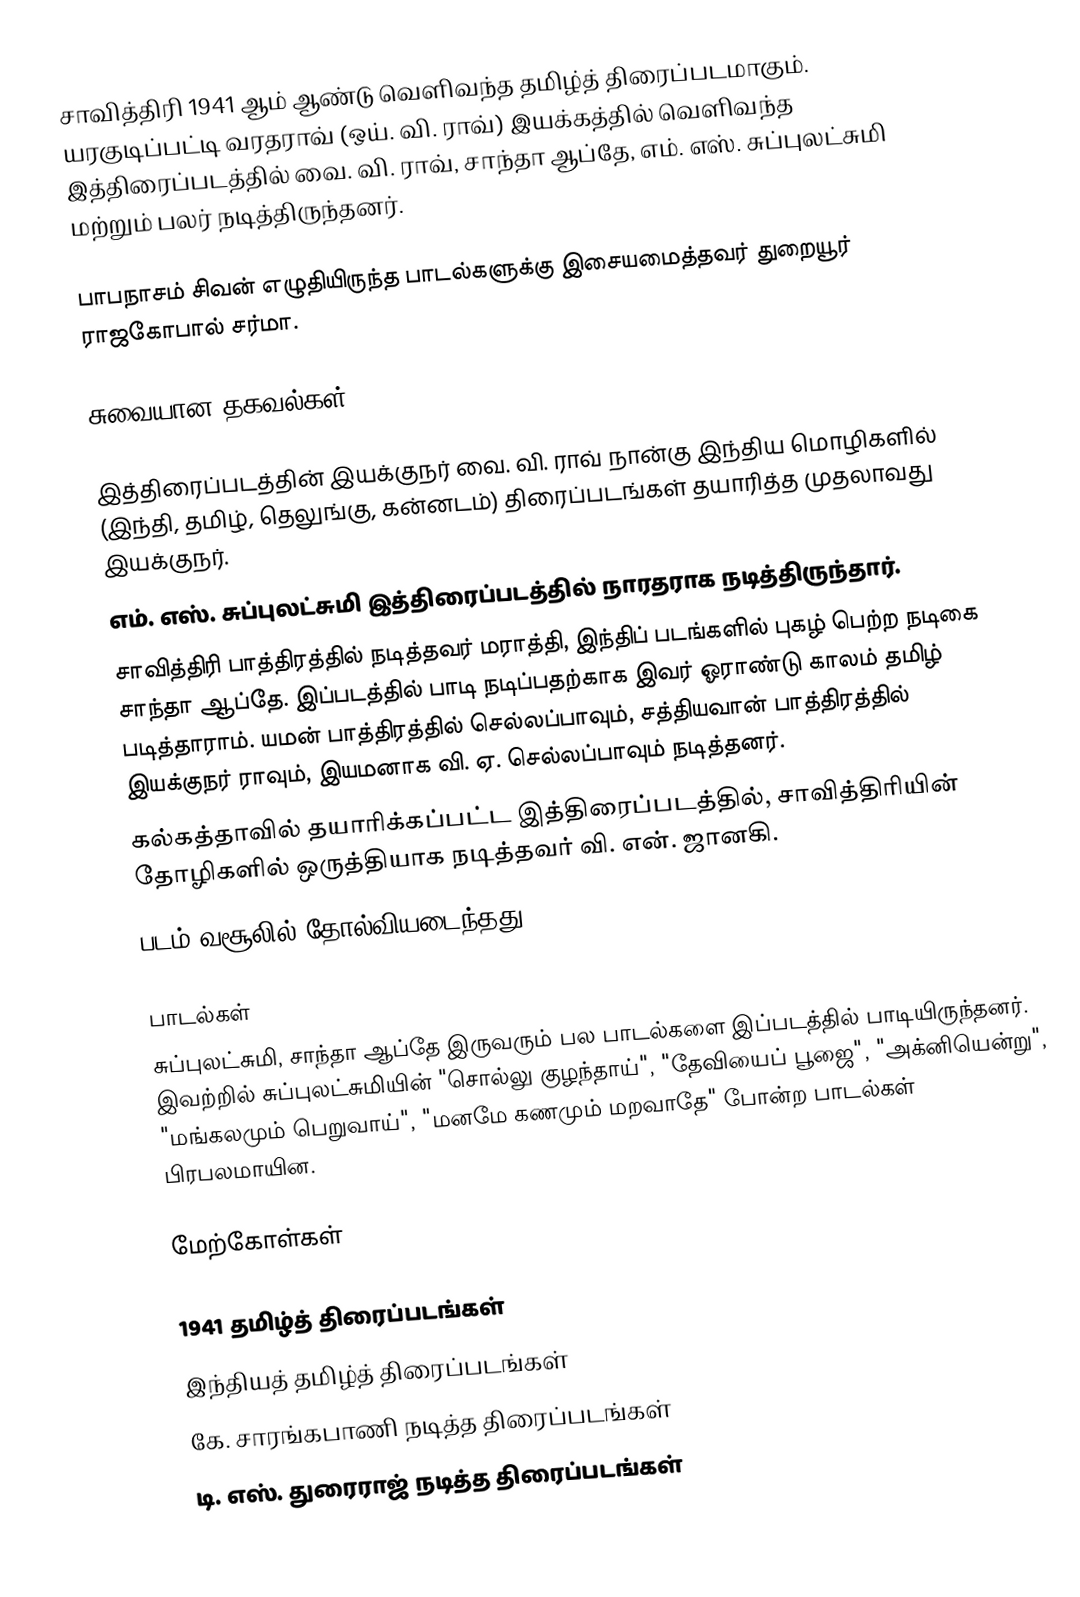
சாவித்திரி 1941 ஆம் ஆண்டு வெளிவந்த தமிழ்த் திரைப்படமாகும். யரகுடிப்பட்டி வரதராவ் (ஒய். வி. ராவ்) இயக்கத்தில் வெளிவந்த இத்திரைப்படத்தில் வை. வி. ராவ், சாந்தா ஆப்தே, எம். எஸ். சுப்புலட்சுமி மற்றும் பலர் நடித்திருந்தனர்.

பாபநாசம் சிவன் எழுதியிருந்த பாடல்களுக்கு இசையமைத்தவர் துறையூர் ராஜகோபால் சர்மா.

சுவையான தகவல்கள்

இத்திரைப்படத்தின் இயக்குநர் வை. வி. ராவ் நான்கு இந்திய மொழிகளில் (இந்தி, தமிழ், தெலுங்கு, கன்னடம்) திரைப்படங்கள் தயாரித்த முதலாவது இயக்குநர்.
எம். எஸ். சுப்புலட்சுமி இத்திரைப்படத்தில் நாரதராக நடித்திருந்தார்.
சாவித்திரி பாத்திரத்தில் நடித்தவர் மராத்தி, இந்திப் படங்களில் புகழ் பெற்ற நடிகை சாந்தா ஆப்தே. இப்படத்தில் பாடி நடிப்பதற்காக இவர் ஓராண்டு காலம் தமிழ் படித்தாராம். யமன் பாத்திரத்தில் செல்லப்பாவும், சத்தியவான் பாத்திரத்தில் இயக்குநர் ராவும், இயமனாக வி. ஏ. செல்லப்பாவும் நடித்தனர்.
கல்கத்தாவில் தயாரிக்கப்பட்ட இத்திரைப்படத்தில், சாவித்திரியின் தோழிகளில் ஒருத்தியாக நடித்தவர் வி. என். ஜானகி.
படம் வசூலில் தோல்வியடைந்தது.

பாடல்கள்
சுப்புலட்சுமி, சாந்தா ஆப்தே இருவரும் பல பாடல்களை இப்படத்தில் பாடியிருந்தனர். இவற்றில் சுப்புலட்சுமியின் "சொல்லு குழந்தாய்", "தேவியைப் பூஜை", "அக்னியென்று", "மங்கலமும் பெறுவாய்", "மனமே கணமும் மறவாதே" போன்ற பாடல்கள் பிரபலமாயின.

மேற்கோள்கள்

1941 தமிழ்த் திரைப்படங்கள்
இந்தியத் தமிழ்த் திரைப்படங்கள்
கே. சாரங்கபாணி நடித்த திரைப்படங்கள்
டி. எஸ். துரைராஜ் நடித்த திரைப்படங்கள்